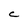
Character: c